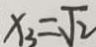
x _ { 3 } = \sqrt { 2 }